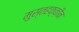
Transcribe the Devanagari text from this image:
मुस्तहक़्क़ीन